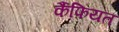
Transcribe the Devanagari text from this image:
र्कैफियत